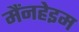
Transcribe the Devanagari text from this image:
मैंनहेइम